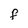
Character: F